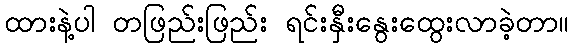
ထားနဲ့ပါ တဖြည်းဖြည်း ရင်းနှီးနွေးထွေးလာခဲ့တာ။